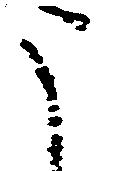
う